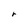
Character: r